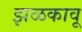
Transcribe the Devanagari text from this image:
झळकावू